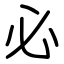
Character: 必